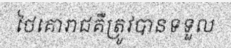
ថៃគោរាជគឺត្រូវបានទទួល